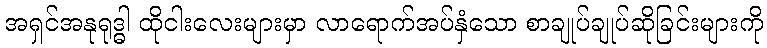
အရှင်အနုရုဒ္ဓါ ထိုငါးလေးများမှာ လာရောက်အပ်နှံသော စာချုပ်ချုပ်ဆိုခြင်းများကို